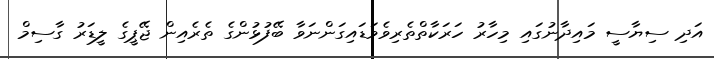
އަދި ސިޔާސީ މައިދާނުގައި މިހާރު ހަރަކާތްތެރިވެވަޑައިގަންނަވާ ބޭފުޅުންގެ ތެރެއިން ޖޭޕީގެ ލީޑަރު ގާސިމް